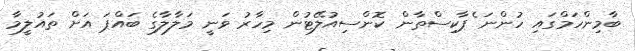
ބާމިންހަމްގައި ހުންނަ ެޕާކިސްތާން ކޮންސިއުލޭޓުން މިހާރު ވަނީ މަލާލާގެ ބައްޕަ އަށް ތައުލީމާ